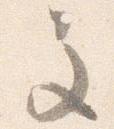
主